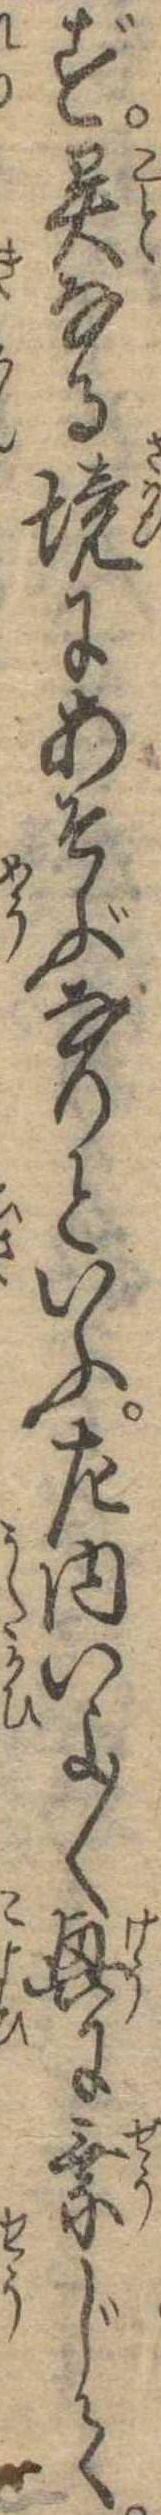
ず異なる境にあそぶなりといふ左内いよ〱興に乗じて